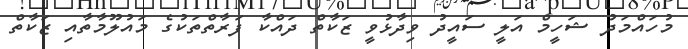
މުހައްމަދު ޝަހީމް އަލީ ސައީދު ވިދާޅުވީ ޒަކާތް ދައްކާ ފަރާތްތަކުގެ މައުލޫމާތާއި ޒަކާތް